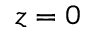
z = 0